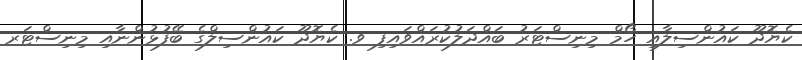
ކެޔޮދޫ ކައުންސިލާއި ހޯމް މިނިސްޓަރު ބައްދަލުކުރައްވައިފި ވ. ކެޔޮދޫ ކައުންސިލްގެ ބޭފުޅުންނާއި މިނިސްޓަރ